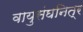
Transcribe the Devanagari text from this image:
वायुसंघनित्र